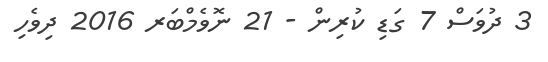
3 ދުވަސް 7 ގަޑި ކުރިން - 21 ނޮވެމްބަރ 2016 ދިވެހި